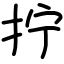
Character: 拧